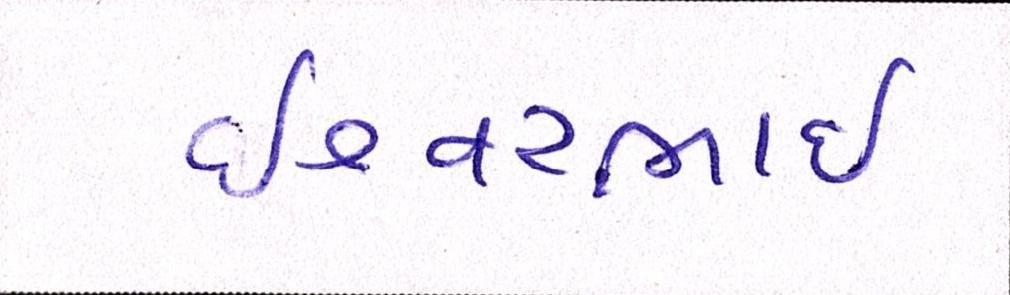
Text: ઇશ્વરભાઇ